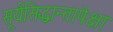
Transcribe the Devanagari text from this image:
सूर्यसिद्धान्तापेक्षा